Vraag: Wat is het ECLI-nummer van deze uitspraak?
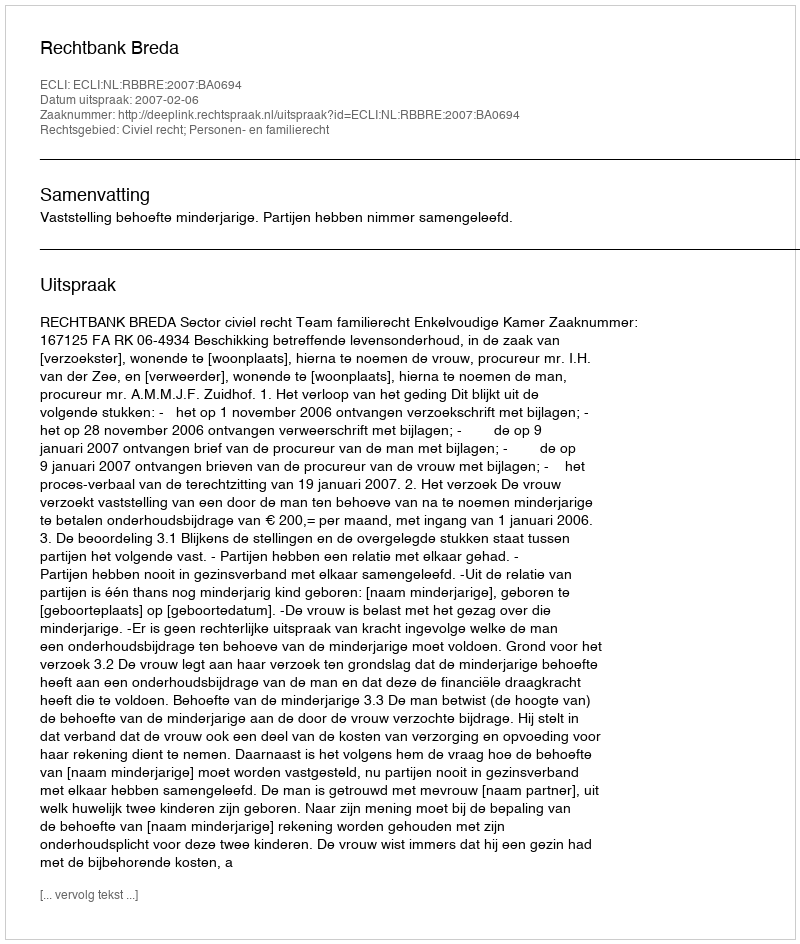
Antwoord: ECLI:NL:RBBRE:2007:BA0694